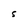
Character: S